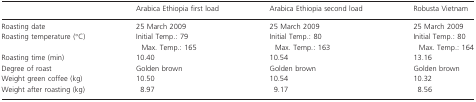
|  | Arabica Ethiopia first load | Arabica Ethiopia second load | Robusta Vietnam |
 | --- | --- | --- | --- |
 | Roasting date | 25 March 2009 | 25 March 2009 | 25 March 2009 |
 | Roasting temperature (°C) | Initial Temp.: 79 Max. Temp.: 165 | Initial Temp.: 80 Max. Temp.: 163 | Initial Temp.: 80 Max. Temp.: 164 |
 | Roasting time (min) | 10.40 | 10.54 | 13.16 |
 | Degree of roast | Golden brown | Golden brown | Golden brown |
 | Weight green coffee (kg) | 10.50 | 10.54 | 10.32 |
 | Weight after roasting (kg) | 8.97 | 9.17 | 8.56 |